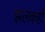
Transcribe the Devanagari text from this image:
झलकही